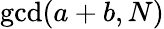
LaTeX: \operatorname*{gcd}(a+b,N)